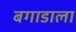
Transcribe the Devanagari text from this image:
बगाडाला